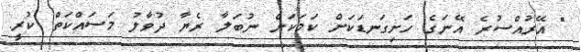
" އޭރުއްސުރެ އޭނަގެ ހަށިގަނޑަކަށް ކަމަކަށް ނުބަލާ ރެޔާ ދުވާލު މަސައްކަތް ކުރީ.